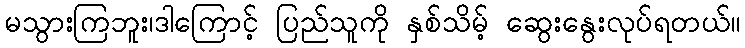
မသွားကြဘူး၊ဒါကြောင့် ပြည်သူကို နှစ်သိမ့် ဆွေးနွေးလုပ်ရတယ်။